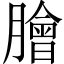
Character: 膾